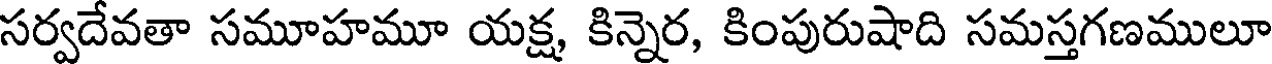
సర్వదేవతా సమూహమూ యక్ష, కిన్నెర, కింపురుషాది సమస్తగణములూ